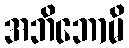
အဘိဘောမိ